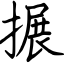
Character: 搌